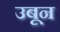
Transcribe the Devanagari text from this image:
उबून